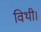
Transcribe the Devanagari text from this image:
विथी।